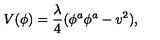
V ( \phi ) = \frac { \lambda } { 4 } ( \phi ^ { a } \phi ^ { a } - v ^ { 2 } ) ,